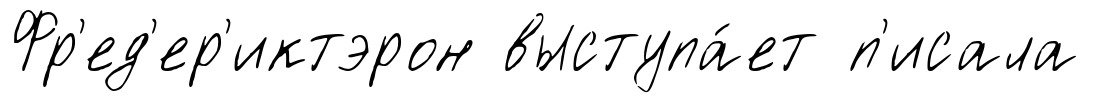
Фр'ед'ер'иктэрон выступа́ет п'исала